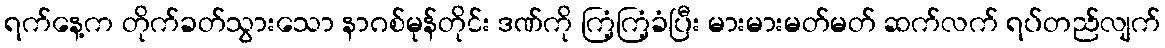
ရက်နေ့က တိုက်ခတ်သွားသော နာဂစ်မုန်တိုင်း ဒဏ်ကို ကြံ့ကြံ့ခံပြီး မားမားမတ်မတ် ဆက်လက် ရပ်တည်လျက်